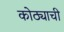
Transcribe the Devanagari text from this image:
कोठ्याची